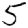
Digit: 5